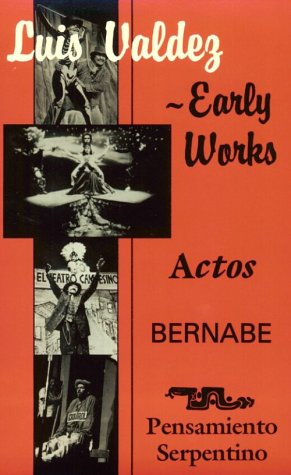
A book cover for Luis Valdez Early Works: Actos, Bernabe and Pensamiento Serpentino; Luis Valdez; Literature & Fiction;